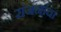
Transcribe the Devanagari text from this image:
रांजनांचा